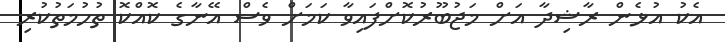
އެކު އުޅެން ރާޝިދާ އަށް މަޖުބޫރުކޮށްފައިވާ ކަމަށް ވެސް އޭނާގެ ކޮއްކޮ ތުހުމަތުކުރި